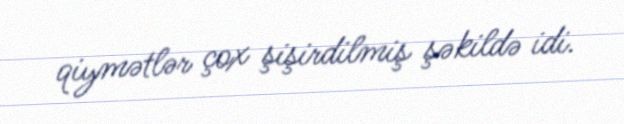
qiymətlər çox şişirdilmiş şəkildə idi.